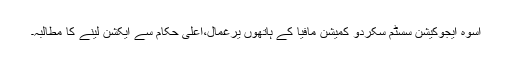
اسوہ ایجوکیشن سسٹم سکردو کمیشن مافیا کے ہاتھوں یرغمال،اعلیٰ حکام سے ایکشن لینے کا مطالبہ۔